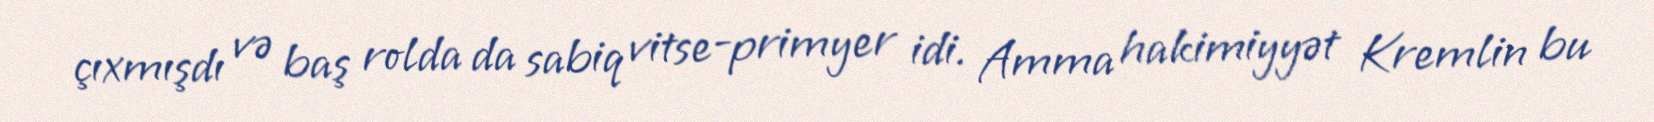
çıxmışdı və baş rolda da sabiq vitse-primyer idi. Amma hakimiyyət Kremlin bu